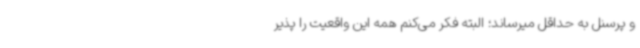
و پرسنل به حداقل میرساند؛ البته فکر می‌کنم همه این واقعیت را پذیر